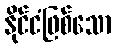
နိုင်ငံဖြစ်သော